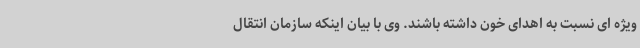
ویژه ای نسبت به اهدای خون داشته باشند. وی با بیان اینکه سازمان انتقال